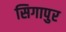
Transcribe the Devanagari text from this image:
सिगापुर